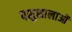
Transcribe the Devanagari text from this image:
पशुशालाओं